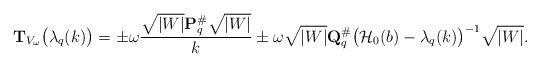
LaTeX: \begin{align*}{\bf T}_{V_\omega} \big( \lambda_q(k) \big) = \pm \omega \frac{\sqrt{\vert W \vert} {\bf P}_q^\# \sqrt{\vert W \vert}}{k} \pm \omega \sqrt{\vert W \vert} {\bf Q}_q^\# \big( \mathcal{H}_0(b) - \lambda_q(k) \big)^{-1} \sqrt{\vert W \vert}.\end{align*}